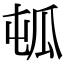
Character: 㼊